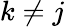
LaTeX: k\neq j